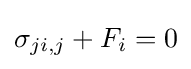
\sigma _{ji,j}+F_{i}=0